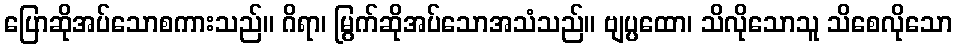
ပြောဆိုအပ်သောစကားသည်။ ဂိရာ၊ မြွက်ဆိုအပ်သောအသံသည်။ ဗျပ္ပထော၊ သိလိုသောသူ သိစေလိုသော